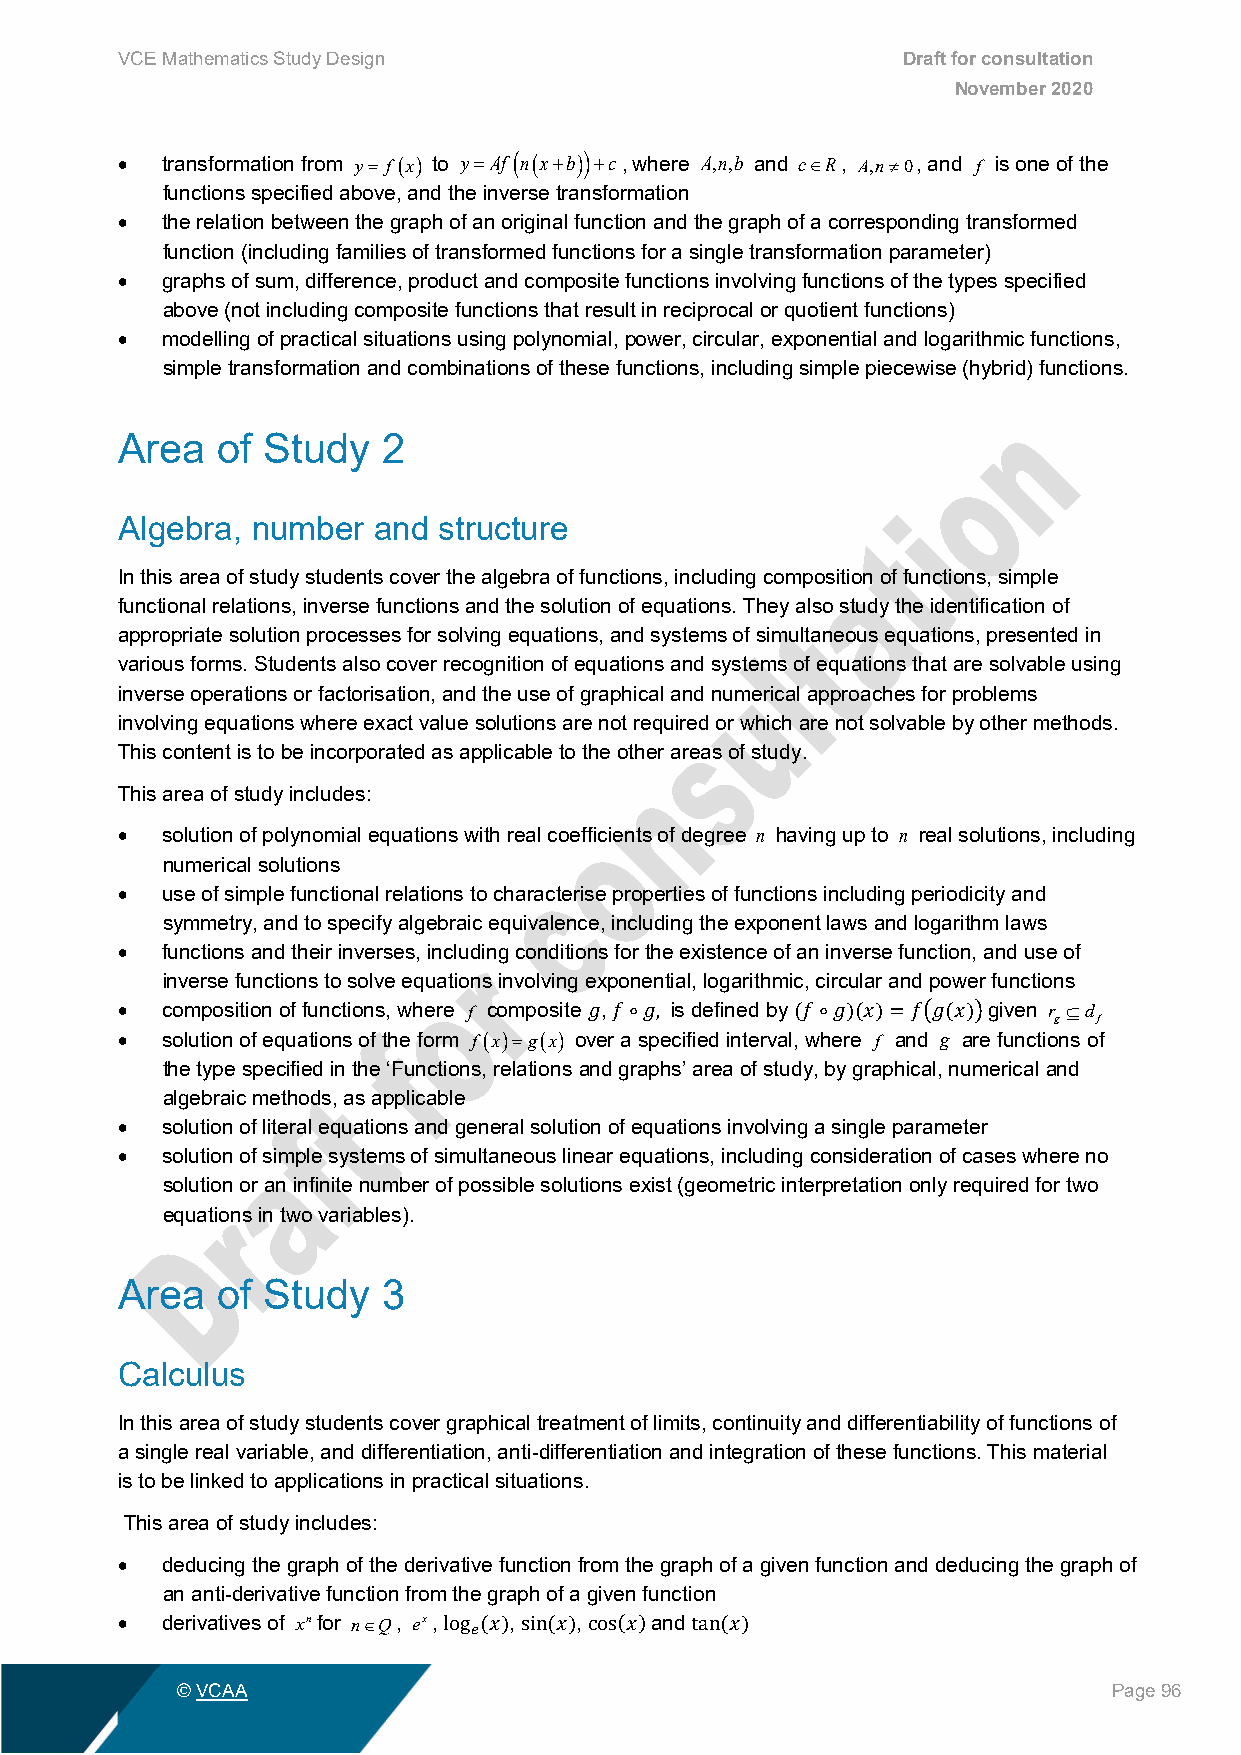
VCE Mathematics Study Design                        Draft for consultation
 November 2020
 •  transformation from y= f(x) to y=Af( n(x+b))+c, where A,n,b and c∈R, A,n≠0, and f is one of the
 functions specified above, and the inverse transformation
 •  the relation between the graph of an original function and the graph of a corresponding transformed
 function (including families of transformed functions for a single transformation parameter)
 •  graphs of sum, difference, product and composite functions involving functions of the types specified
 above (not including composite functions that result in reciprocal or quotient functions)
 •  modelling of practical situations using polynomial, power, circular, exponential and logarithmic functions,
 simple transformation and combinations of these functions, including simple piecewise (hybrid) functions.
 Area  of Study   2
 Algebra, number  and structure
 In this area of study students cover the algebra of functions, including composition of functions, simple
 functional relations, inverse functions and the solution of equations. They also study the identification of
 appropriate solution processes for solving equations, and systems of simultaneous equations, presented in
 various forms. Students also cover recognition of equations and systems of equations that are solvable using
 inverse operations or factorisation, and the use of graphical and numerical approaches for problems
 involving equations where exact value solutions are not required or which are not solvable by other methods.
 This content is to be incorporated as applicable to the other areas of study.
 This area of study includes:
 •  solution of polynomial equations with real coefficients of degree n having up to n real solutions, including
 numerical solutions
 •  use of simple functional relations to characterise properties of functions including periodicity and
 symmetry, and to specify algebraic equivalence, including the exponent laws and logarithm laws
 •  functions and their inverses, including conditions for the existence of an inverse function, and use of
 inverse functions to solve equations involving exponential, logarithmic, circular and power functions
 •  composition of functions, where f composite , is defined by given r ⊆d
 g  f
 •  solution of equations of the form f(x)=g(x) over a specified interval, where f and g are functions of
 𝑔𝑔 𝑓𝑓∘𝑔𝑔,     (𝑓𝑓∘𝑔𝑔)(𝑥𝑥)=𝑓𝑓�𝑔𝑔(𝑥𝑥)�
 the type specified in the ‘Functions, relations and graphs’ area of study, by graphical, numerical and
 algebraic methods, as applicable
 •  solution of literal equations and general solution of equations involving a single parameter
 •  solution of simple systems of simultaneous linear equations, including consideration of cases where no
 solution or an infinite number of possible solutions exist (geometric interpretation only required for two
 equations in two variables).
 Area  of Study   3
 Calculus
 In this area of study students cover graphical treatment of limits, continuity and differentiability of functions of
 a single real variable, and differentiation, anti-differentiation and integration of these functions. This material
 is to be linked to applications in practical situations.
 This area of study includes:
 •  deducing the graph of the derivative function from the graph of a given function and deducing the graph of
 an anti-derivative function from the graph of a given function
 •  derivatives of xnfor n∈Q, ex, , , and
 log𝑒𝑒(𝑥𝑥) sin (𝑥𝑥) cos(𝑥𝑥) tan (𝑥𝑥)
 © VCAA                                                        Page 96